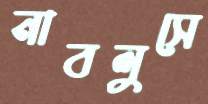
নাবলুসে